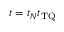
t = t _ { N } t _ { \mathrm { T Q } }